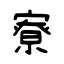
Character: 寮